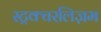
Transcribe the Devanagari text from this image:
स्ट्रक्चरलिज़म